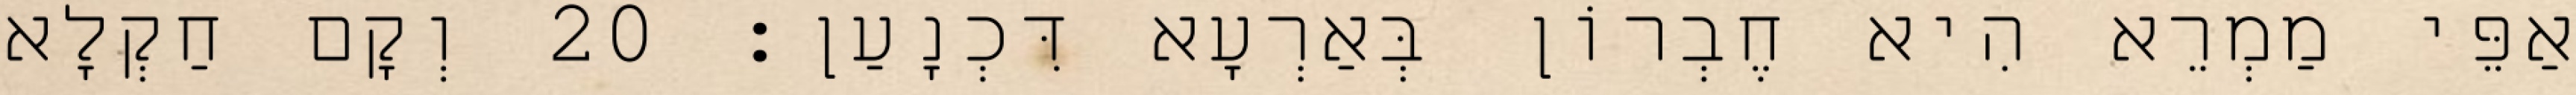
אַפֵּי מַמְרֵא הִיא חֶבְרוֹן בְּאַרְעָא דִּכְנָעַן׃ 20 וְקָם חַקְלָא